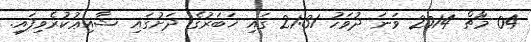
04 މާޗް 2014 ވަނަ ދުވަހު 21:31 ގައި ޚަބަރުގެ ދަށުގައި ޝާއިޢުކުރެވިފައި.